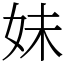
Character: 妹